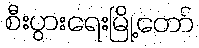
စီးပွားရေးမြို့တော်